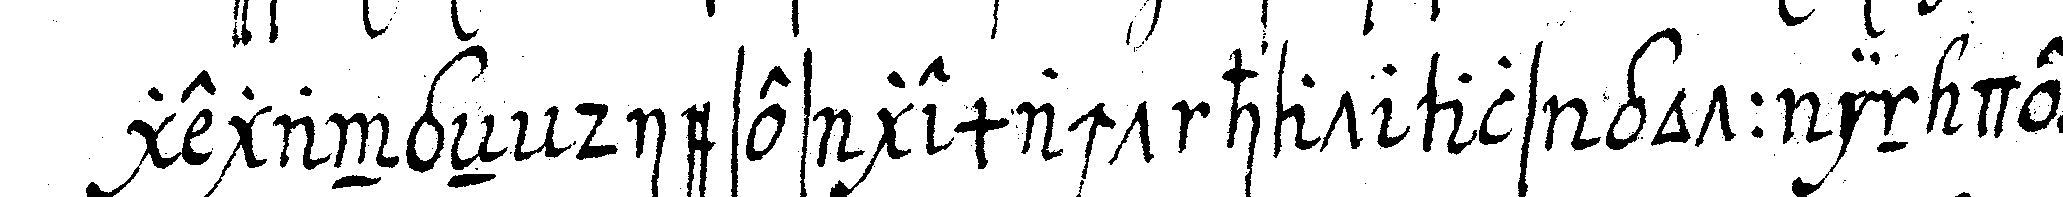
gegangeN dieses gemacht hat als gott in der